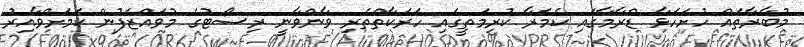
މުބާރާތައް ހުށަހަޅާ ޑްރާމާގައި ކެމެރާ ކުރިމަތީގައި ހަރަކާތްތެރި ވާންވާނީ ރިސޯޓުގެ މުވައްޒަފުން ކަމަށްވާއިރު